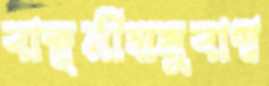
বাঞ্ছনীয়মুবাশ্ব